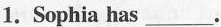
1.Sophia has ___.